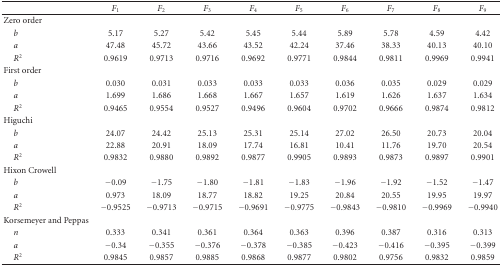
<table><thead><tr><td></td><td><b><i>F</i><sub>1</sub></b></td><td><b><i>F</i><sub>2</sub></b></td><td><b><i>F</i><sub>3</sub></b></td><td><b><i>F</i><sub>4</sub></b></td><td><b><i>F</i><sub>5</sub></b></td><td><b><i>F</i><sub>6</sub></b></td><td><b><i>F</i><sub>7</sub></b></td><td><b><i>F</i><sub>8</sub></b></td><td><b><i>F</i><sub>9</sub></b></td></tr></thead><tbody><tr><td>Zero order</td><td></td><td></td><td></td><td></td><td></td><td></td><td></td><td></td><td></td></tr><tr><td> <i>b</i></td><td>5.17</td><td>5.27</td><td>5.42</td><td>5.45</td><td>5.44</td><td>5.89</td><td>5.78</td><td>4.59</td><td>4.42</td></tr><tr><td> <i>a</i></td><td>47.48</td><td>45.72</td><td>43.66</td><td>43.52</td><td>42.24</td><td>37.46</td><td>38.33</td><td>40.13</td><td>40.10</td></tr><tr><td> <i>R</i><sup>2</sup></td><td>0.9619</td><td>0.9713</td><td>0.9716</td><td>0.9692</td><td>0.9771</td><td>0.9844</td><td>0.9811</td><td>0.9969</td><td>0.9941</td></tr><tr><td>First order</td><td></td><td></td><td></td><td></td><td></td><td></td><td></td><td></td><td></td></tr><tr><td> <i>b</i></td><td>0.030</td><td>0.031</td><td>0.033</td><td>0.033</td><td>0.033</td><td>0.036</td><td>0.035</td><td>0.029</td><td>0.029</td></tr><tr><td> <i>a</i></td><td>1.699</td><td>1.686</td><td>1.668</td><td>1.667</td><td>1.657</td><td>1.619</td><td>1.626</td><td>1.637</td><td>1.634</td></tr><tr><td> <i>R</i><sup>2</sup></td><td>0.9465</td><td>0.9554</td><td>0.9527</td><td>0.9496</td><td>0.9604</td><td>0.9702</td><td>0.9666</td><td>0.9874</td><td>0.9812</td></tr><tr><td>Higuchi</td><td></td><td></td><td></td><td></td><td></td><td></td><td></td><td></td><td></td></tr><tr><td> <i>b</i></td><td>24.07</td><td>24.42</td><td>25.13</td><td>25.31</td><td>25.14</td><td>27.02</td><td>26.50</td><td>20.73</td><td>20.04</td></tr><tr><td> <i>a</i></td><td>22.88</td><td>20.91</td><td>18.09</td><td>17.74</td><td>16.81</td><td>10.41</td><td>11.76</td><td>19.70</td><td>20.54</td></tr><tr><td> <i>R</i><sup>2</sup></td><td>0.9832</td><td>0.9880</td><td>0.9892</td><td>0.9877</td><td>0.9905</td><td>0.9893</td><td>0.9873</td><td>0.9897</td><td>0.9901</td></tr><tr><td>Hixon Crowell</td><td></td><td></td><td></td><td></td><td></td><td></td><td></td><td></td><td></td></tr><tr><td> <i>b</i></td><td>−0.09</td><td> −1.75</td><td>−1.80</td><td>−1.81</td><td>−1.83</td><td>−1.96</td><td>−1.92</td><td>−1.52</td><td>−1.47</td></tr><tr><td> <i>a</i></td><td>0.973</td><td>18.09</td><td>18.77</td><td>18.82</td><td>19.25</td><td>20.84</td><td>20.55</td><td>19.95</td><td>19.97</td></tr><tr><td> <i>R</i><sup>2</sup></td><td>−0.9525</td><td>−0.9713</td><td>−0.9715</td><td>−0.9691</td><td>−0.9775</td><td>−0.9843</td><td>−0.9810</td><td>−0.9969</td><td>−0.9940</td></tr><tr><td>Korsemeyer and Peppas</td><td></td><td></td><td></td><td></td><td></td><td></td><td></td><td></td><td></td></tr><tr><td> <i>n</i></td><td>0.333</td><td>0.341</td><td>0.361</td><td>0.364</td><td>0.363</td><td>0.396</td><td>0.387</td><td>0.316</td><td>0.313</td></tr><tr><td> <i>a</i></td><td>−0.34</td><td>−0.355</td><td>−0.376</td><td>−0.378</td><td>−0.385</td><td>−0.423</td><td>−0.416</td><td>−0.395</td><td>−0.399</td></tr><tr><td> <i>R</i><sup>2</sup></td><td>0.9845</td><td>0.9857</td><td>0.9885</td><td>0.9868</td><td>0.9877</td><td>0.9802</td><td>0.9756</td><td>0.9832</td><td>0.9859</td></tr></tbody></table>